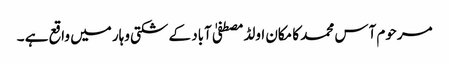
مرحوم آس محمد کا مکان اولڈمصطفیٰ آباد کے شکتی وہار میں واقع ہے ۔